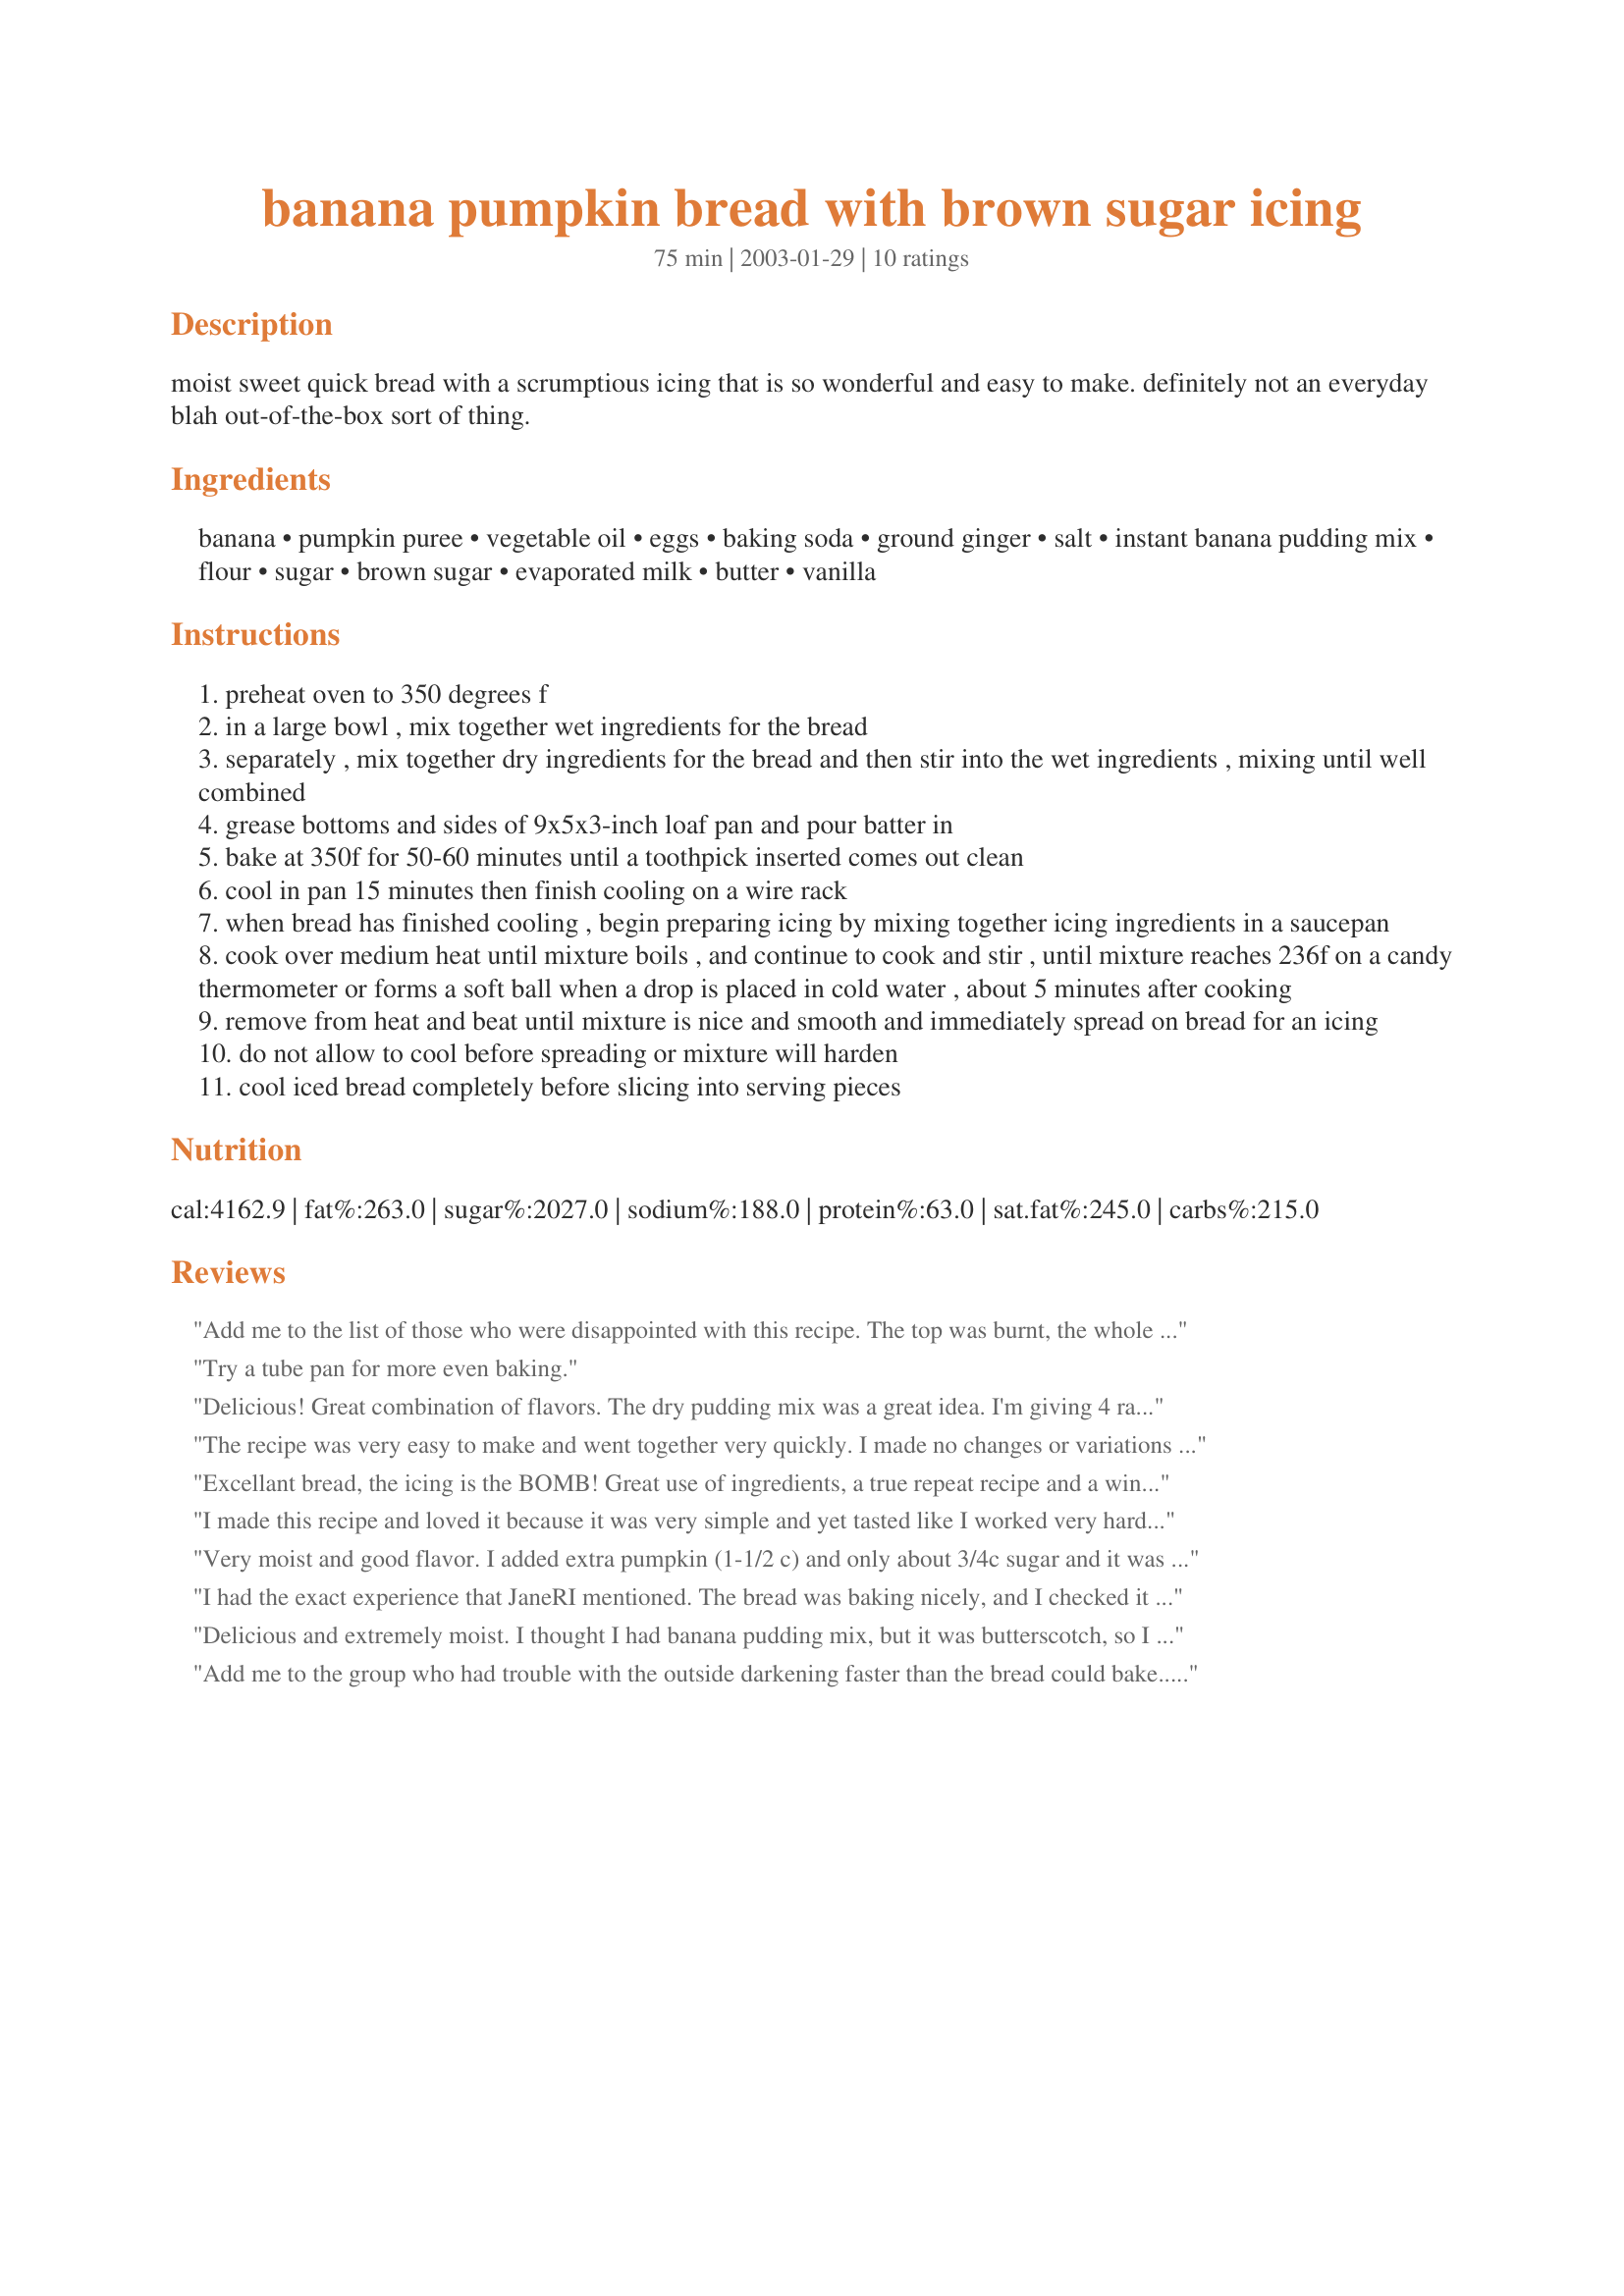
banana pumpkin bread with brown sugar icing
Preparation time: 75 minutes

moist sweet quick bread with a scrumptious icing that is so wonderful and easy to make. definitely not an everyday blah out-of-the-box sort of thing.

Ingredients:
banana, pumpkin puree, vegetable oil, eggs, baking soda, ground ginger, salt, instant banana pudding mix, flour, sugar, brown sugar, evaporated milk, butter, vanilla

Steps:
preheat oven to 350 degrees f
in a large bowl , mix together wet ingredients for the bread
separately , mix together dry ingredients for the bread and then stir into the wet ingredients , mixing until well combined
grease bottoms and sides of 9x5x3-inch loaf pan and pour batter in
bake at 350f for 50-60 minutes until a toothpick inserted comes out clean
cool in pan 15 minutes then finish cooling on a wire rack
when bread has finished cooling , begin preparing icing by mixing together icing ingredients in a saucepan
cook over medium heat until mixture boils , and continue to cook and stir , until mixture reaches 236f on a candy thermometer or forms a soft ball when a drop is placed in cold water , about 5 minutes after cooking
remove from heat and beat until mixture is nice and smooth and immediately spread on bread for an icing
do not allow to cool before spreading or mixture will harden
cool iced bread completely before slicing into serving pieces

Reviews:
Add me to the list of those who were disappointed with this recipe. The top was burnt, the whole loaf was soggy (after baking well beyond the rec. time)and the icing went to hard-crack in nothing flat. Perhaps there wasn't enough flour in the recipe? Too much oil? I don't know. I was beginning to think it was my oven, but I baked a 2-layer white cake right after this one, and it turned out fine.
Try a tube pan for more even baking.
Delicious! Great combination of flavors. The dry pudding mix was a great idea. I'm giving 4 rather than 5 stars because I thought the batter was a bit too moist ... I cooked it 70 minutes - the inside was still a bit undercooked while the edges were getting too brown. I'll be curious to see other reviews to see if I was the only person who had this problem.
The recipe was very easy to make and went together very quickly. I made no changes or variations to the recipe. I did experience the same problem with the baking time. After 70 minutes I took the bread out since the top was getting too dark. After letting it cool I made the frosting and applied it to the bread. When we finally tasted this we were extremely disappointed in the taste. Between the cup of sugar in the recipe and the frosting it was way too sweet. The banana and the banana pudding were just too much also. We could not taste any pumpkin flavor due to the overwhelming sweetness of the sugar and banana. Was extremely disappointed and threw the bread out. Will not make this again.
Excellant bread, the icing is the BOMB! Great use of ingredients, a true repeat recipe and a winner with me!
I made this recipe and loved it because it was very simple and yet tasted like I worked very hard at it!
Very moist and good flavor. I added extra pumpkin (1-1/2 c) and only about 3/4c sugar and it was still a little sweet for my tastes. Next time I'll probably leave out the frosting, especially if serving it for breakfast but I loved the pumpkin and banana flavors together.
I had the exact experience that JaneRI mentioned. The bread was baking nicely, and I checked it at 50 minutes...nowhere near done in the middle. 60 minutes...still too soft. 70 minutes...time to come out as the edges were getting toward the too brown stage, but the center was still rather squishy. All that said, it tastes wonderful!! I didn't make any icing since it was really sweet, and I figured I'd save a few calories.
Delicious and extremely moist. I thought I had banana pudding mix, but it was butterscotch, so I used that. All the flavors seemed to blend perfectly together. I used splenda instead of sugar, sugar free pudding mix and omitted the frosting, so all in all this was pretty much a healthy, low calorie treat, which DH and I enjoyed two pieces of each!!!! Thanks Sue

Add me to the group who had trouble with the outside darkening faster than the bread could bake...After 50 minutes I laid some foil on top an an attempt to get it to bake further without darkening further...After 60 minutes it was still rather soft, but I couldn't wait any longer or it would have blackened...If the results improve upon attempting a second loaf, I'll update my star rating ;)
